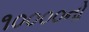
૧૦૦૦૦નો